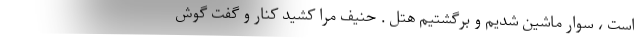
است ، سوار ماشین شدیم و برگشتیم هتل . حنیف مرا کشید کنار و گفت گوش